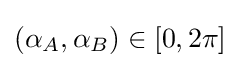
(\alpha _{A},\alpha _{B})\in [0,2\pi ]